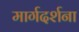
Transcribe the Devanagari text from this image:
मार्गदर्शना